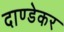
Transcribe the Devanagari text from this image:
दाण्डेकर